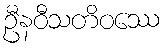
ဦနဝီသတိဝဿေ